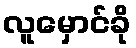
လူမှောင်ခို